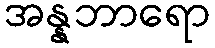
အန္နဘာရော